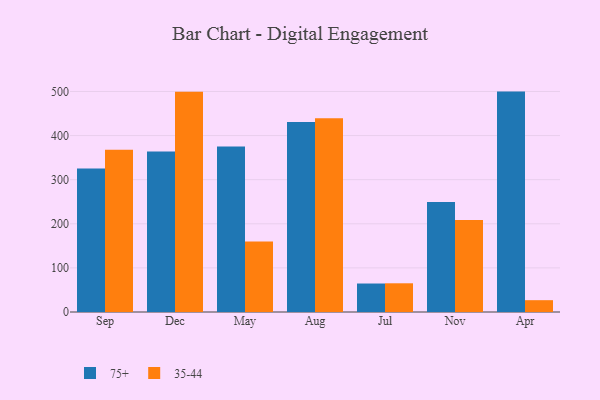
{"axis": {"x": "Month", "y": "Page Views"}, "legend": ["35-44", "75+"], "data": [{"x": "Sep", "y": 325.5, "type": "75+"}, {"x": "Sep", "y": 368.0, "type": "35-44"}, {"x": "Dec", "y": 363.7, "type": "75+"}, {"x": "Dec", "y": 499.5, "type": "35-44"}, {"x": "May", "y": 375.0, "type": "75+"}, {"x": "May", "y": 160.0, "type": "35-44"}, {"x": "Aug", "y": 431.0, "type": "75+"}, {"x": "Aug", "y": 439.4, "type": "35-44"}, {"x": "Jul", "y": 64.6, "type": "75+"}, {"x": "Jul", "y": 65.1, "type": "35-44"}, {"x": "Nov", "y": 249.6, "type": "75+"}, {"x": "Nov", "y": 208.7, "type": "35-44"}, {"x": "Apr", "y": 499.7, "type": "75+"}, {"x": "Apr", "y": 26.8, "type": "35-44"}]}